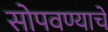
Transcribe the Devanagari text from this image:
सोपवण्याचे